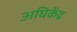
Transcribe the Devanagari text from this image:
अघिकेंद्र